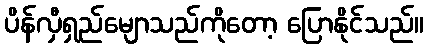
ပိန်လှီရှည်မျောသည်ကိုတော့ ပြောနိုင်သည်။